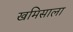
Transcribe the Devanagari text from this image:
खमिसाला